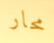
محار